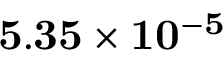
\mathbf { 5 . 3 5 \times 1 0 ^ { - 5 } }